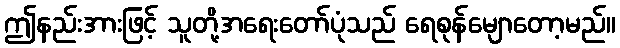
ဤနည်းအားဖြင့် သူတို့အရေးတော်ပုံသည် ရေစုန်မျောတော့မည်။